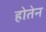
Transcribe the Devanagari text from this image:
होतेन